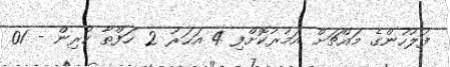
ފުލުހުންގެ މައްޗަށް އަމުރުކޮށްފި 4 އަހަރު 2 ހަފްތާ ކުރިން - 01